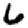
Digit: 6